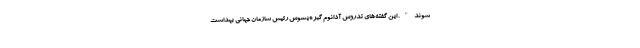
شوند". این گفته‌های تدروس آدانوم گبره‌یسوس رئیس سازمان جهانی بهداشت